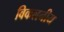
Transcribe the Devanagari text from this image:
विकलनीय